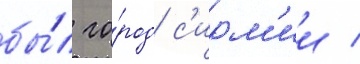
бы́л го́род с'ирм'ии /